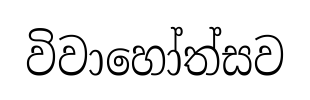
විවාහෝත්සව